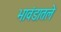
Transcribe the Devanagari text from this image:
भावंडातले